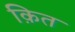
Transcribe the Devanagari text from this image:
क़ित